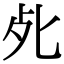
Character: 𭭾